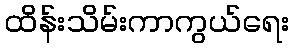
ထိန်းသိမ်းကာကွယ်ရေး